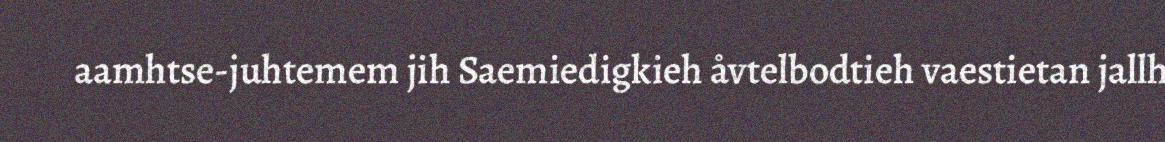
aamhtse-juhtemem jih Saemiedigkieh åvtelbodtieh vaestietan jallh